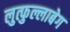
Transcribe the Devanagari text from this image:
लुत्फुल्लाबेग